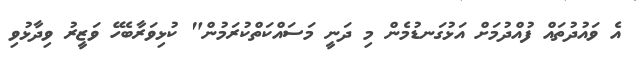
އެ ވައުދުތައް ފުއްދުމަށް އަޅުގަނޑުމެން މި ދަނީ މަސައްކަތްކުރަމުން" ކުޅިވަރާބެހޭ ވަޒީރު ވިދާޅުވި